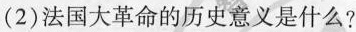
(2)法国大革命的历史意义是什么?